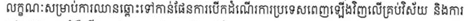
លក្ខណៈសម្រាប់ការឈានឆ្ពោះទៅកាន់ផែនការបើកដំណើរការប្រទេសពេញឡើងវិញលើគ្រប់វីស័យ និងការ